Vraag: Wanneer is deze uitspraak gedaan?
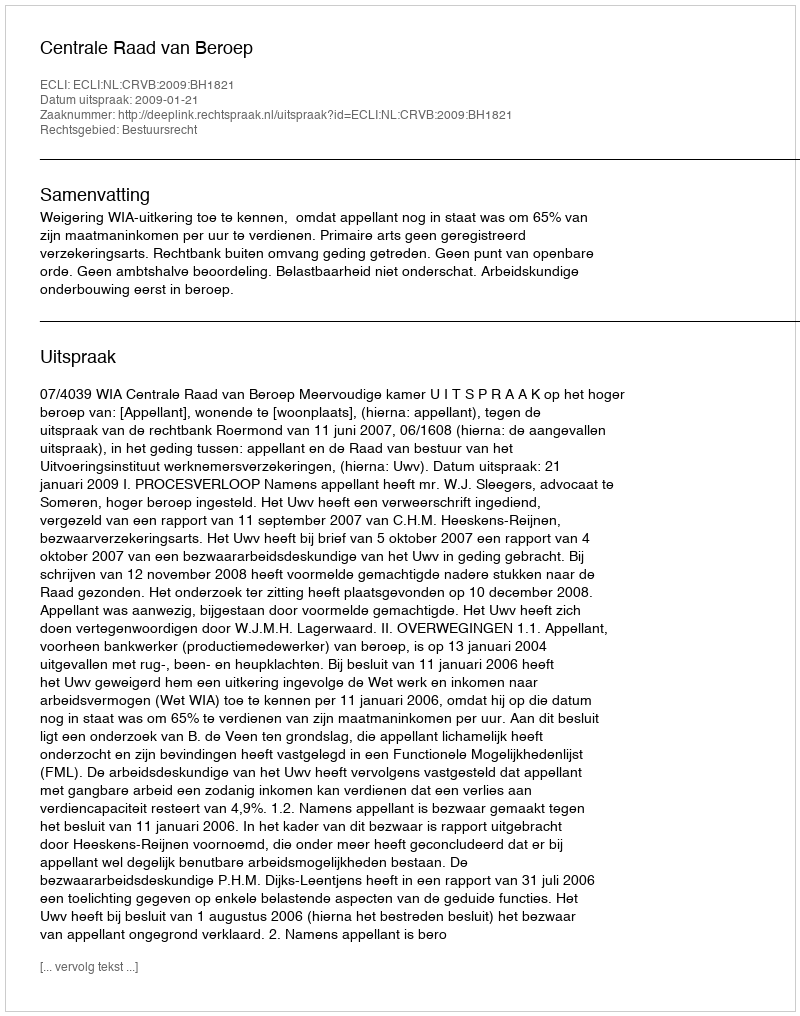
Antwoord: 2009-01-21